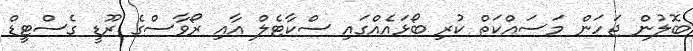
ބޮލުން ޖަހަން މަސައްކަތް ކުރި ބޯޅައެއްގައި ސްކާޓެލް އާއި ރޯވާސްގެ ރޫޑީ ގެސްޓީޑް